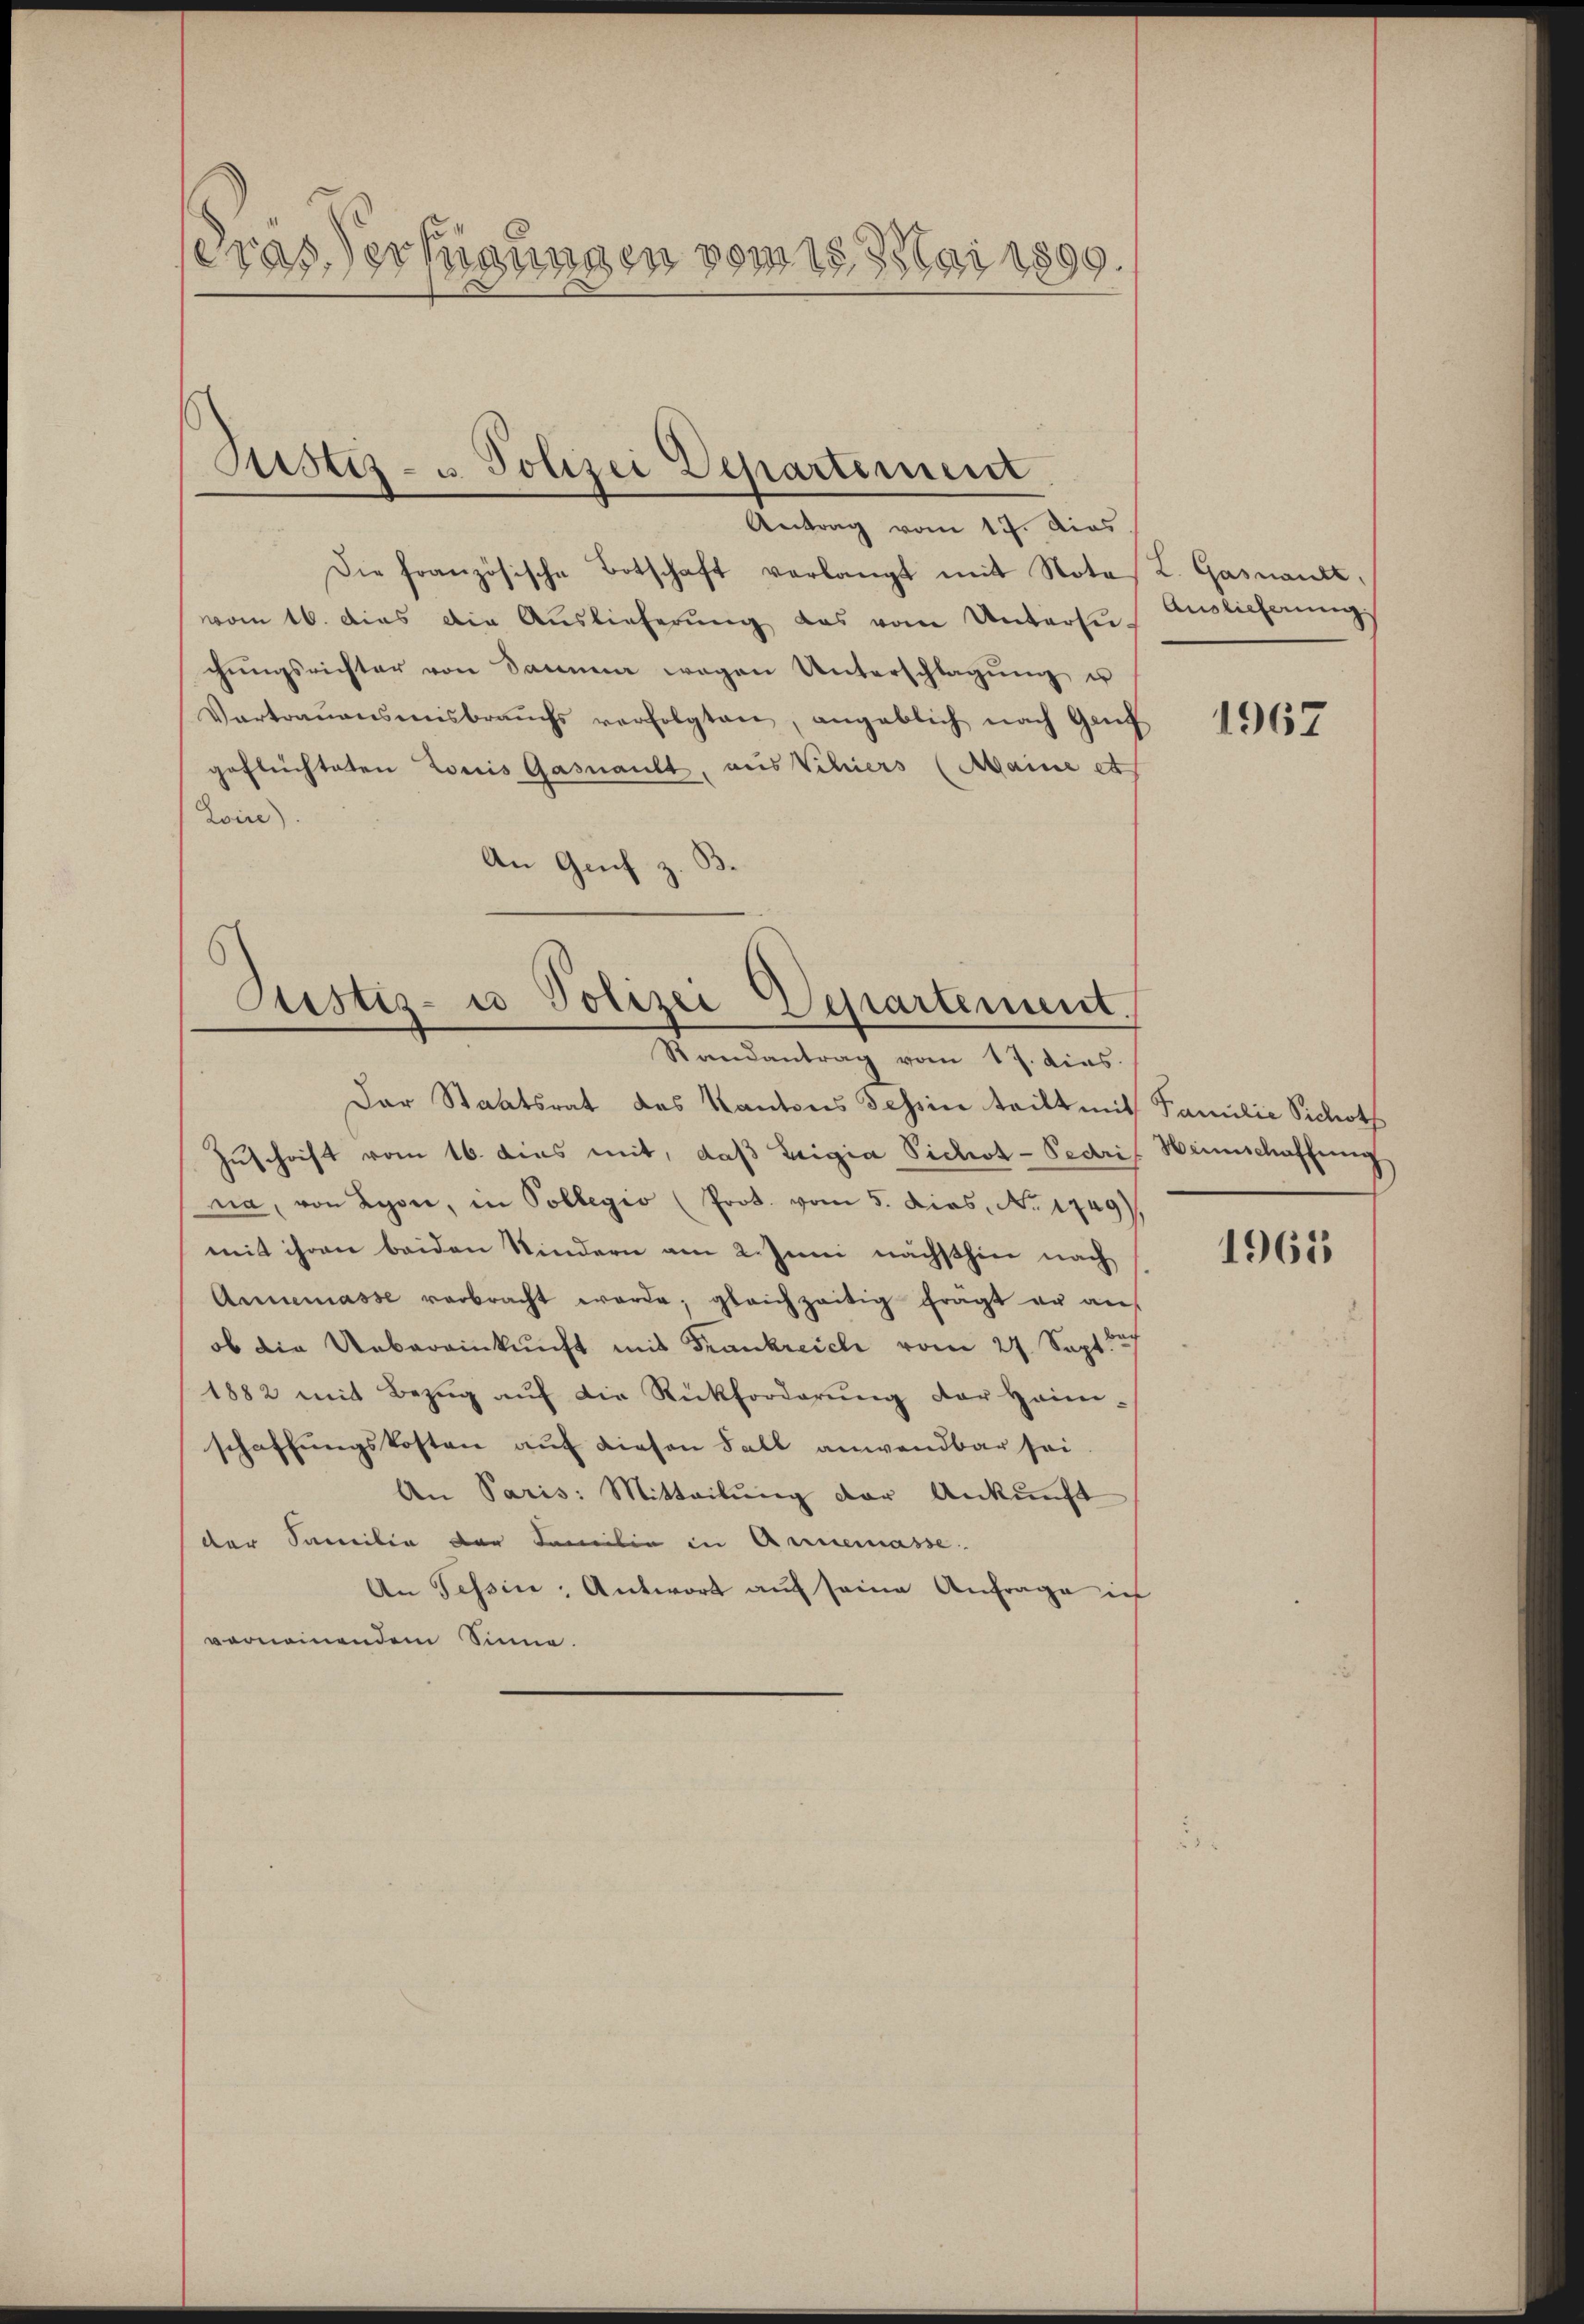
Gras Verfügungen vom 15. Mai 1890.

Justiz- u. Polizei Departement.

Antrag vom 17. dies
Die französische Botschaft verlangt mit Notes L. Gasnantt,
vom 16. dies die Auslieferung das vom Untersuchŭngsrichter von Samme wegen Unterschlagŭng u
Vertraŭensmisbrauchs verfolgten, angeblich nach Genf
geflüchteten Louis Gasnault, aus Schiers (Maine et
Loie).
An Genf z.

Justiz- u Polizei Departement.
Randantrag vom 17. dies.

Auslieferung

Der Staatsrat des Kantons Tessin teilt mit Familie Sichoth
Zuschrift vom 16. dies mit, daβ Luigia Pichot-Pedri Heimschaffung
na, von Lyon, in Pollegio (Prot. vom 5. dies, No. 1749),
mit ihren beiden Kindern am 2. Juni nächsthin nach
Annemasse verbracht werde; gleichzeitig fragt er auf
ob die Uebereinkunft mit Frankreich vom 27. Sept.
1882 mit Bezŭg aŭf die Rückforderŭng der Haimi-
schaffungskosten auf diesen Fall anwendbar sei.
An Paris: Mitteilung der Ankunft
der Samilie der Familie in Annemasse.
An Tessin: Antwort auf seine Anfrage ich
vernennendem Sinne.

1967

1961